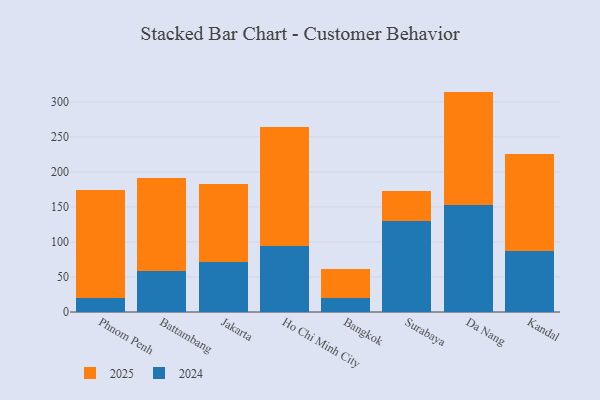
{"axis": {"x": "City", "y": "Latency (ms)"}, "legend": ["2024", "2025"], "data": [{"x": "Phnom Penh", "y": 153.8, "type": "2025"}, {"x": "Phnom Penh", "y": 19.9, "type": "2024"}, {"x": "Battambang", "y": 133.1, "type": "2025"}, {"x": "Battambang", "y": 57.9, "type": "2024"}, {"x": "Jakarta", "y": 112.5, "type": "2025"}, {"x": "Jakarta", "y": 70.8, "type": "2024"}, {"x": "Ho Chi Minh City", "y": 169.7, "type": "2025"}, {"x": "Ho Chi Minh City", "y": 94.3, "type": "2024"}, {"x": "Bangkok", "y": 42.3, "type": "2025"}, {"x": "Bangkok", "y": 19.5, "type": "2024"}, {"x": "Surabaya", "y": 42.4, "type": "2025"}, {"x": "Surabaya", "y": 129.9, "type": "2024"}, {"x": "Da Nang", "y": 162.2, "type": "2025"}, {"x": "Da Nang", "y": 152.5, "type": "2024"}, {"x": "Kandal", "y": 139.5, "type": "2025"}, {"x": "Kandal", "y": 86.6, "type": "2024"}]}